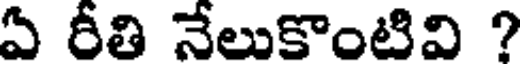
ఏ రీతి నేలుకొంటివి ?